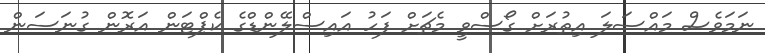
ނަމަވެސް މައްސަލަ އިތުރަށް ގޯސްވީ މެޗަށް ފަހު އައިސްލޭންޑްގެ ކެޕްޓަން އަރޮން ގުނަސަން